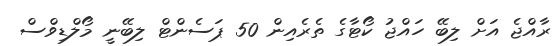
ރާއްޖެ އަށް ލިބޭ ހައްޖު ކޯޓާގެ ތެރެއިން 50 ޕަސެންޓް ލިބޭނީ މޯލްޑިވްސް